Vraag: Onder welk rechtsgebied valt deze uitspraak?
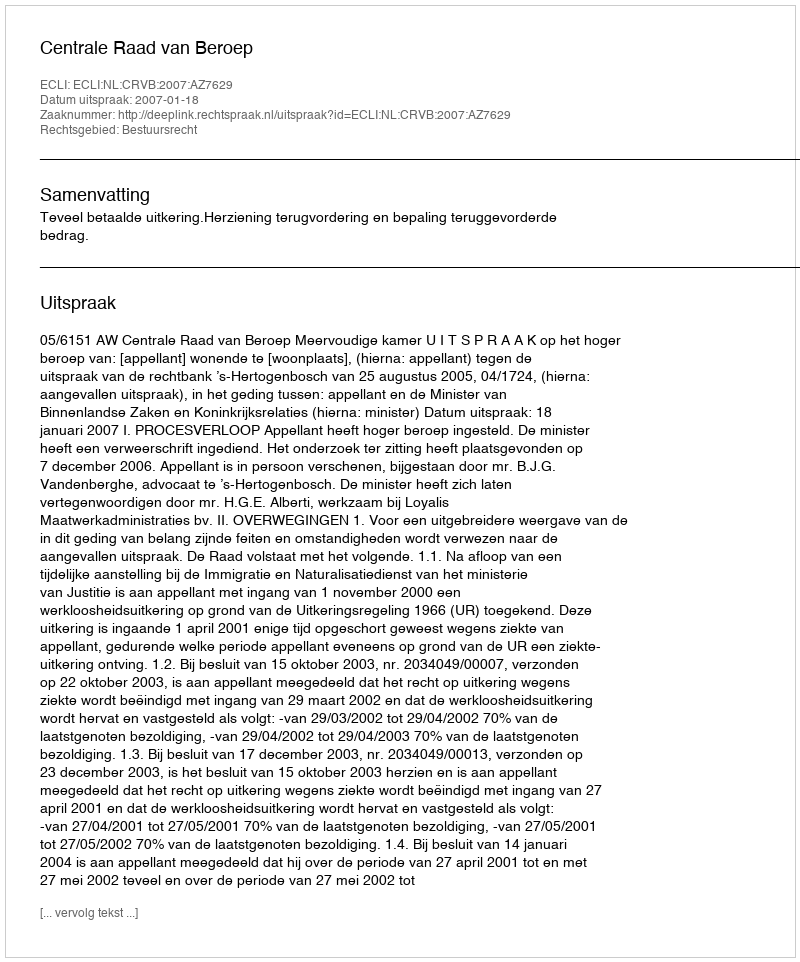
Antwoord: Bestuursrecht